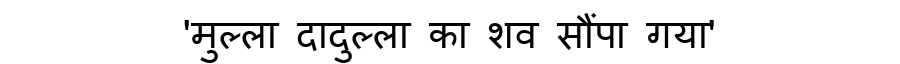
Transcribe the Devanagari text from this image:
'मुल्ला दादुल्ला का शव सौंपा गया'